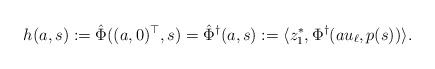
LaTeX: \begin{align*} h(a,s) := \hat \Phi((a,0)^\top,s) = \hat \Phi^\dagger(a,s) := \langle z_1^*, \Phi^\dagger(au_\ell, p(s))\rangle.\end{align*}